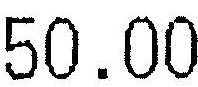
50.00